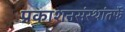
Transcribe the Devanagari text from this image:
प्रकाशनसंस्थांतर्फे